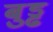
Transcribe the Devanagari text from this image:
बुड्ढ